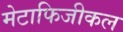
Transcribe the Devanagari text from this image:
मेटाफिजीकल